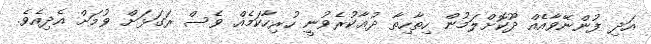
އަދި ފުންނޭވާއެއް ދޫކޮށްލަމުން ހިތާހިތާ ދުޢާކުރެވުނީ ހުރިހާކަމެއް ވެސް ރަގަޅަށް ވުމަށް އެދިއެވެ.